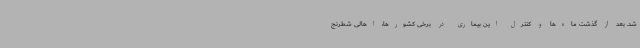
شد. بعد از گذشت ماه‌ها و کنترل این بیماری در برخی کشورها، اهالی شطرنج